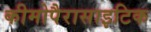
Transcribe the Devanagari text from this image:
कीमोपैरासाइटिक